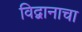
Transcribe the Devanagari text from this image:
विद्वानाचा